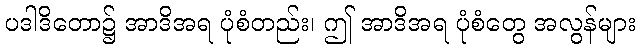
ပဒါဒိတော၌ အာဒိအရ ပုံစံတည်း၊ ဤ အာဒိအရ ပုံစံတွေ အလွန်များ